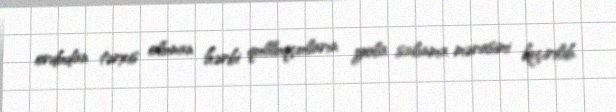
ordudan tərxis olunan hərbi qulluqçuların yola salınma mərasimi keçirilib.